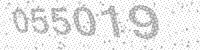
Solution: 055019